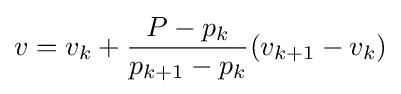
v=v_{k}+{\frac {P-p_{k}}{p_{k+1}-p_{k}}}(v_{k+1}-v_{k})